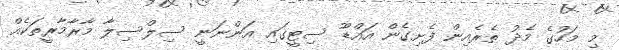
މި މަހުގެ މެދު ތެރެއިން ފެށިގެން އައްޑޫ ސިޓީގައި އަންނަނީ ސިލްސިލާ މާރާމާރީތަކެއް